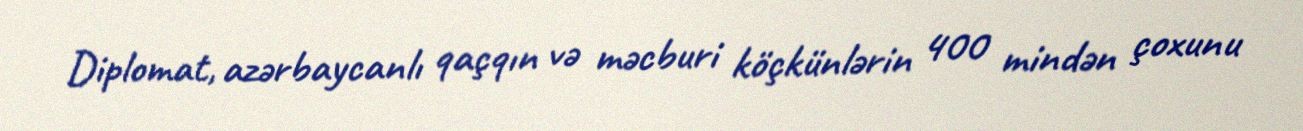
Diplomat, azərbaycanlı qaçqın və məcburi köçkünlərin 400 mindən çoxunu